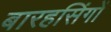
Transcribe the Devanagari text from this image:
बारहसिंगों